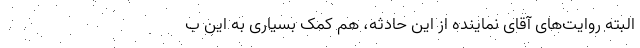
البته روایت‌های آقای نماینده از این حادثه، هم کمک بسیاری به این ب